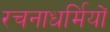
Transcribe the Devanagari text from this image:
रचनाधर्मियों